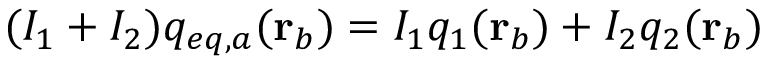
\begin{array} { r } { ( I _ { 1 } + I _ { 2 } ) q _ { e q , a } ( \mathbf { r } _ { b } ) = I _ { 1 } q _ { 1 } ( \mathbf { r } _ { b } ) + I _ { 2 } q _ { 2 } ( \mathbf { r } _ { b } ) } \end{array}